Reports on dispensaries and lunatic asylums in the Province of Oudh - 1869-1876
Year: 1869
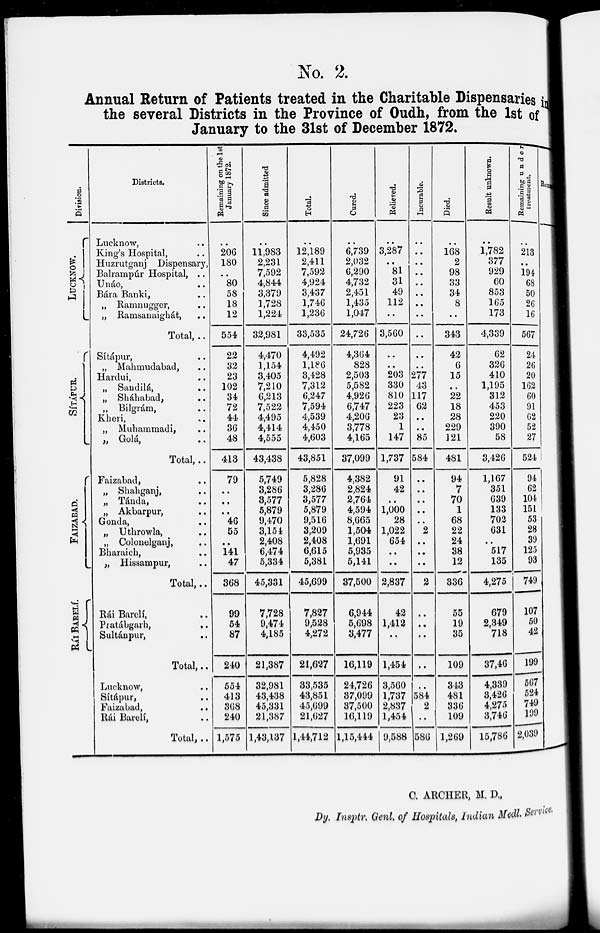
No. 2.
Annual Return of Patients treated in the Charitable Dispensaries in
the several Districts in the Province of Oudh, from the 1st of
January to the 31st of December 1872.
Division.
LUCKNOW.
SÍTÁPUR.
FAIZABAD.
RÁI BARELÍ, ..
Districts.
Lucknow, ..
King's Hospital, ..
Huzrutganj Dispensary,
Balrampúr Hospital, ..
Unáo, ..
Bára Banki, ..
„ Ramnugger,..
„ Ramsanaighát, ..
Total, ..
Sítápur, ..
„ Mahmudabad, ..
Hardui, ..
„ Sandilá, ..
„ Sháhabad, ..
„ Bilgrám,
Kheri, ..
„ Muhammadi,..
„Golá, ..
Total,..
Faizabad, ..
„ Shahganj, ..
„ Tánda, ..
„ Akbarpur, ..
Gonda,
„ Uthrowla, ..
„ Colonelganj, ..
Bharaich, ..
„ Hissampur, ..
Total, ..
Rái Barelí, ..
Pratábgarh,
..
Sultánpur, ..
Total, ..
Lucknow, ..
Sítápur, ..
Faizabad,
..
Rái Barelí, ..
Total, ..
Remaining on the 1st
January 1872.
..
206
180
..
80
58
18
12
554
22
32
23
102
34
72
44
36
48
413
79
..
..
..
46
55
..
141
47
368
99
54
87
240
554
413
368
240
1,575
Since admitted
..
11,983
2,231
7,592
4,844
3,379
1,728
1,224
32,981
4,470
1,154
3,405
7,210
6,213
7,522
4,495
4,414
4,555
43,438
5,749
3,286
3,577
5,879
9,470
3,154
2,408
6,474
5,334
45,331
7,728
9,474
4,185
21,387
32,981
43,438
45,331
21,387
1,43,137
Total.
..
12,189
2,411
7,592
4,924
3,437
1,746
1,236
33,535
4,492
1,186
3,428
7,312
6,247
7,594
4,539
4,450
4,603
43,851
5,828
3,286
3,577
5,879
9,516
3,209
2,408
6,615
5,381
45,699
7,827
9,528
4,272
21,627
33,535
43,851
45,699
21,627
1,44,712
Cured.
..
6,739
2,032
6,290
4,732
2,451
1,435
1,047
24,726
4,364
828
2,503
5,582
4,926
6,747
4,206
3,778
4,165
37,099
4,382
2,824
2,764
4,594
8,665
1,504
1,691
5,935
5,141
37,500
6,944
5,698
3,477
16,119
24,726
37,099
37,500
16,119
1,15,444
Relieved.
..
3,287
..
81
31
49
112
..
3,560
..
..
203
330
810
223
23
1
147
1,737
91
42
..
1,000
28
1,022
654
..
..
2,837
42
1,412
..
1,454
3,560
1,737
2,837
1,454
9,588
Incurable.
..
..
..
..
..
..
..
..
..
..
..
277
43
117
62
..
..
85
584
..
..
..
..
..
2
..
..
..
2
..
..
..
..
..
584
2
..
586
Died.
..
168
2
98
33
34
8
..
343
42
6
15
..
22
18
28
229
121
481
94
7
70
1
68
22
24
38
12
336
55
19
35
109
343
481
336
109
1,269
Result unknown.
..
1,782
377
929
60
853
165
173
4,339
62
326
410
1,195
312
453
220
390
58
3,426
1,167
351
639
133
702
631
..
517
135
4,275
679
2,349
718
37,46
4,339
3,426
4,275
3,746
15,786
Remaining under
treatment.
..
213
..
194
68
50
26
16
567
24
26
20
162
60
91
62
52
27
524
94
62
104
151
53
28
39
125
93
749
107
50
42
199
567
524
749
199
2,039
Remark.
C. ARCHER, M. D.,
Dy. Insptr. Genl. of Hospitals, Indian Medl. Service.